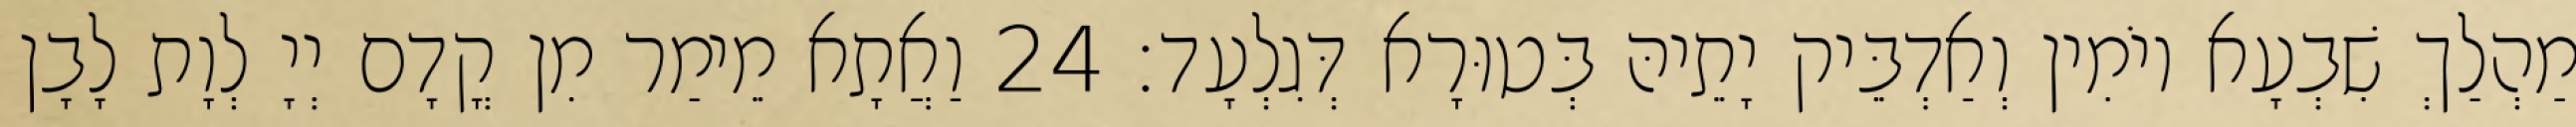
מַהְלַךְ שִׁבְעָא יוֹמִין וְאַדְבֵּיק יָתֵיהּ בְּטוּרָא דְּגִלְעָד׃ 24 וַאֲתָא מֵימַר מִן קֳדָם יְיָ לְוָת לָבָן